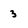
Character: 3